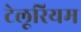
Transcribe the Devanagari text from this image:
टेलूरियम